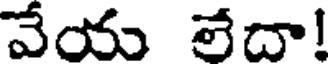
వేయ లేదా!